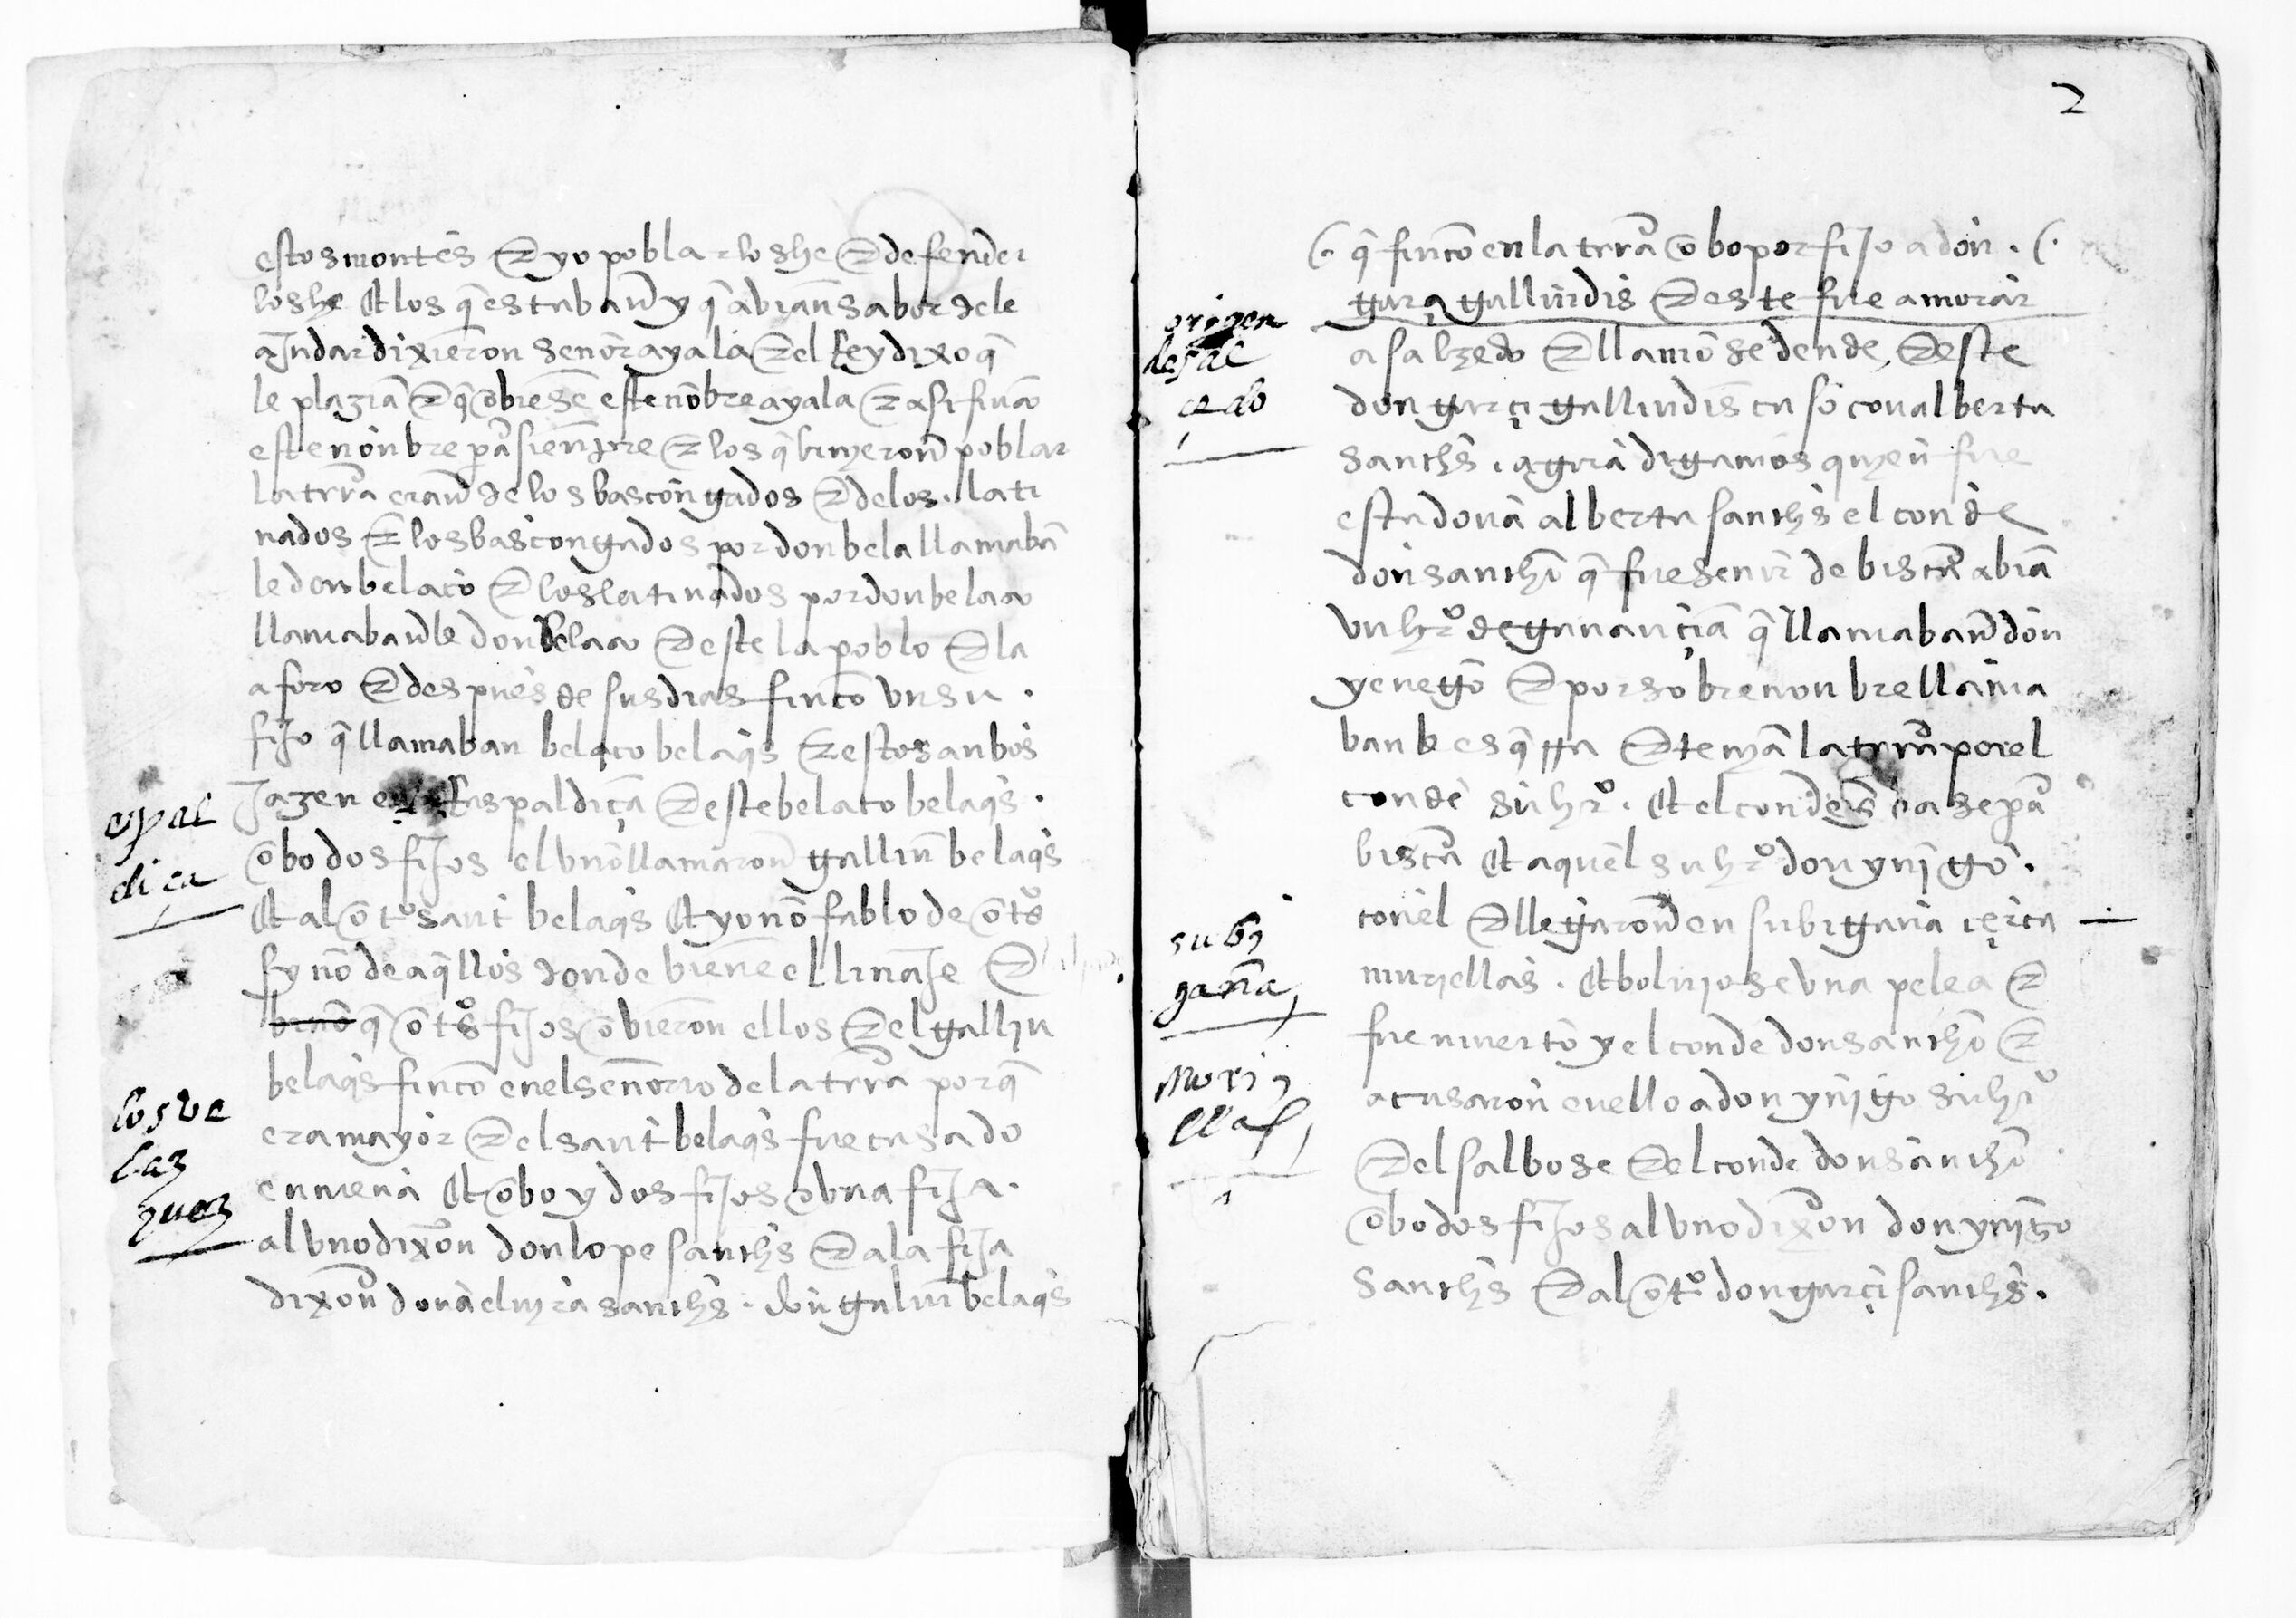
Shelfmark: Paris, BnF, esp. 285
Century: 15